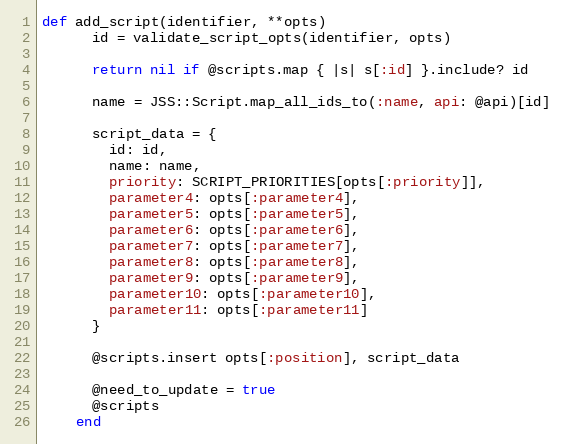
Language: Ruby
def add_script(identifier, **opts)
      id = validate_script_opts(identifier, opts)

      return nil if @scripts.map { |s| s[:id] }.include? id

      name = JSS::Script.map_all_ids_to(:name, api: @api)[id]

      script_data = {
        id: id,
        name: name,
        priority: SCRIPT_PRIORITIES[opts[:priority]],
        parameter4: opts[:parameter4],
        parameter5: opts[:parameter5],
        parameter6: opts[:parameter6],
        parameter7: opts[:parameter7],
        parameter8: opts[:parameter8],
        parameter9: opts[:parameter9],
        parameter10: opts[:parameter10],
        parameter11: opts[:parameter11]
      }

      @scripts.insert opts[:position], script_data

      @need_to_update = true
      @scripts
    end